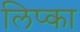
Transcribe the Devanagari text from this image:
लिप्का